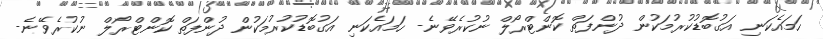
ހަމައެކަނި އަގުބޮޑުކުރުމަކުން ދުންފަތް ކޮންޓްރޯލް ނުކުރެވޭނެ- ހަމައެކަނި އަގުބޮޑުކުރުމަކުން ދުންފަތް ކޮންޓްރޯލް ނުކުރެވޭނެ-